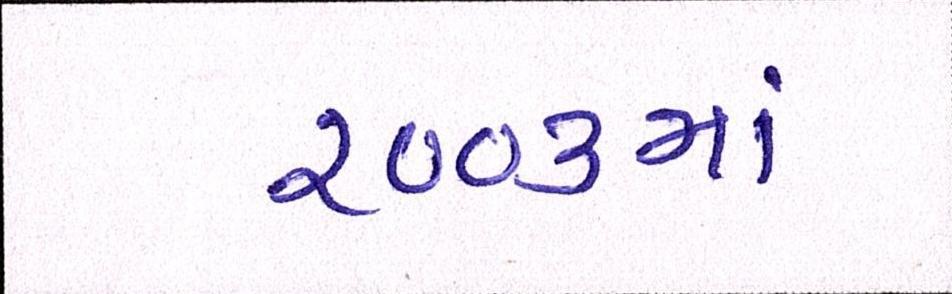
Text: ૨૦૦૩માં